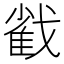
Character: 𢧵